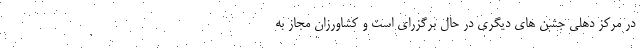
در مرکز دهلی جشن های دیگری در حال برگزرای است و کشاورزان مجاز به